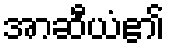
အာဆီယံ၏